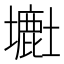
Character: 𡒲